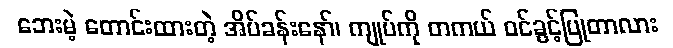
ဘေးမဲ့ တောင်းထားတဲ့ အိပ်ခန်းနော်၊ ကျုပ်ကို တကယ် ဝင်ခွင့်ပြုတာလား